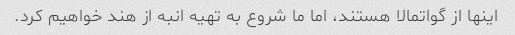
اینها از گواتمالا هستند، اما ما شروع به تهیه انبه از هند خواهیم کرد.